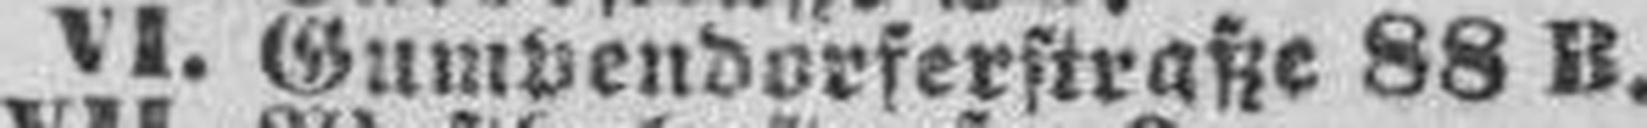
VI. Gumpendorferstraße 88 B.